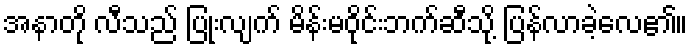
အနာတို လီသည် ပြုံးလျက် မိန်းမဝိုင်းဘက်ဆီသို့ ပြန်လာခဲ့လေ၏။